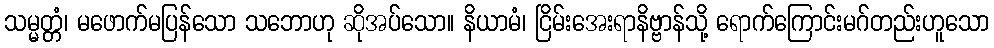
သမ္မတ္တံ၊ မဖောက်မပြန်သော သဘောဟု ဆိုအပ်သော။ နိယာမံ၊ ငြိမ်းအေးရာနိဗ္ဗာန်သို့ ရောက်ကြောင်းမဂ်တည်းဟူသော